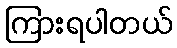
ကြားရပါတယ်